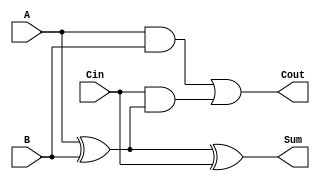
module FullAdder (
    input wire A,      // One bit of input A
    input wire B,      // One bit of input B
    input wire Cin,    // Carry input
    output wire Sum,   // Sum output
    output wire Cout   // Carry output
);
    assign Sum = A ^ B ^ Cin;               // Sum calculation
    assign Cout = (A & B) | (Cin & (A ^ B)); // Carry calculation
endmodule